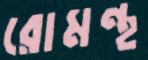
রোমন্থ